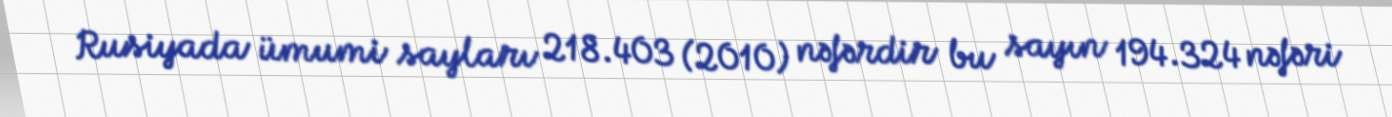
Rusiyada ümumi sayları 218.403 (2010) nəfərdir bu sayın 194.324 nəfəri